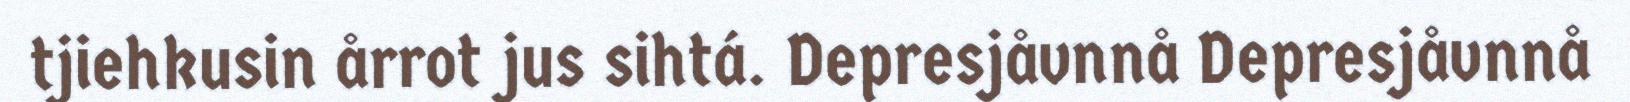
tjiehkusin årrot jus sihtá. Depresjåvnnå Depresjåvnnå